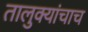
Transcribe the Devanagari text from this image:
तालुक्यांचाच